Civil Veterinary Dept. Assam report 1927-50 - 1927-1950
Year: 1927
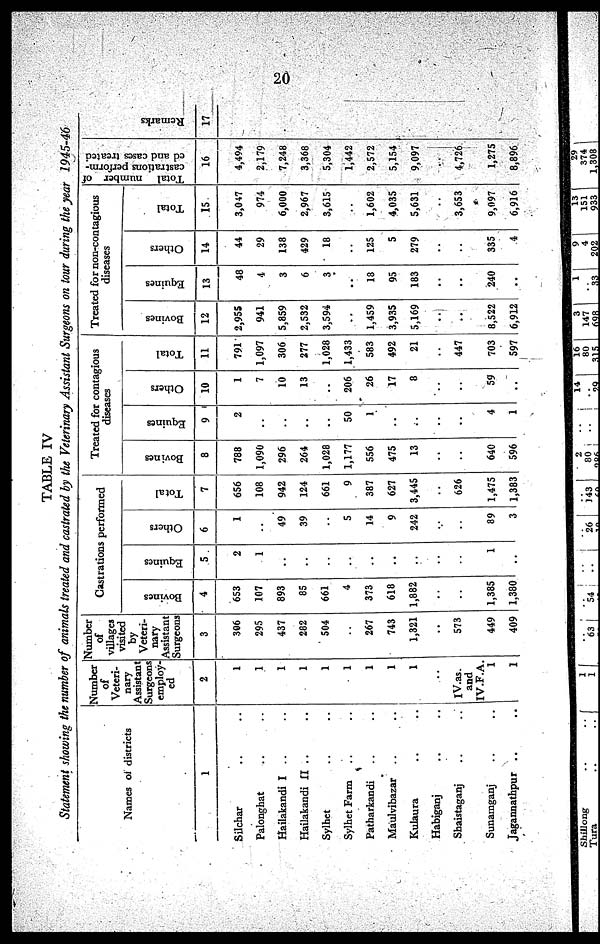
20
TABLE IV
Statement showing the number of animals treated and castrated by the Veterinary Assistant Surgeons on tour during the year
1945-46
Names of districts
1
Silchar .. ..
Palonghat .. ..
Hailakandi I .. ..
Hailakandi II .. ..
Sylhet .. ..
Sylhet Farm .. ..
Patharkandi .. ..
Maulvibazar .. ..
Kulaura .. ..
Habiganj .. ..
Shaistaganj .. ..
Sunamganj .. ..
Jagannathpur .. ..
Number
of
Veteri-
nary
Assistant
Surgeons
employ-
ed
2
1
1
1
1
1
1
1
1
1
..
IV.as.
and
IV.F.A.
1
1
Number
of
villages
visited
by
Veteri-
nary
Assistant
Surgeons
3
306
295
437
282
504
..
267
743
1,321
..
573
449
409
Castrations performed
Bovines
4
653
107
893
85
661
4
373
618
1,882
..
1,385
1,380
Equines
5
2
1
..
..
..
..
..
..
..
..
..
1
..
Others
6
1
..
49
39
..
5
14
9
242
..
..
89
3
Total
7
656
108
942
124
661
9
387
627
3,445
..
626
1,475
1,383
Treated for contagious
diseases
Bovines
8
788
1,090
296
264
1,028
1,177
556
475
13
..
..
640
596
Equines
9
2
..
..
..
..
50
1
..
..
..
..
4
1
Others
10
1
7
10
13
..
206
26
17
8
..
..
59
..
Total
11
791
1,097
306
277
1,028
1,433
583
492
21
..
447
703
597
Treated for non-contagious
diseases
Bovines
12
2,955
941
5,859
2,532
3,594
..
1,459
3,935
5,169
..
..
8,522
6,912
Equines
13
48
4
3
6
3
..
18
95
183
..
..
240
..
Others
14
44
29
138
429
18
..
125
5
279
..
..
335
4
Total
15
3,047
974
6,000
2,967
3,615
..
1,602
4,035
5,631
..
3,653
9,097
6,916
Total number of
castrations perform-
ed and cases treated
16
4,494
2,179
7,248
3,368
5,304
1,442
2,572
5,154
9,097
..
4,726
1,275
8,896
Remarks
17